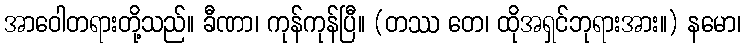
အာဝေါတရားတို့သည်။ ခီဏာ၊ ကုန်ကုန်ပြီ။ (တဿ တေ၊ ထိုအရှင်ဘုရားအား။) နမော၊